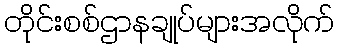
တိုင်းစစ်ဌာနချုပ်များအလိုက်